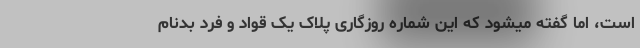
است، اما گفته میشود که این شماره روزگاری پلاک یک قواد و فرد بدنام